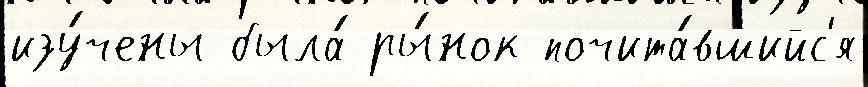
изу́чены была́ ры́нок почита́вшийс'я